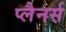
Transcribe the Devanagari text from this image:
प्लैनर्स